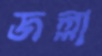
জল্লা